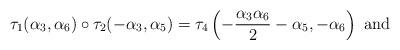
LaTeX: \begin{align*}\tau_1(\alpha_3,\alpha_6) \circ \tau_2(-\alpha_3,\alpha_5) = \tau_{4}\left(-\frac{\alpha_{3}\alpha_{6}}{2}-\alpha_{5},-\alpha_{6}\right) \ {\rm and }\end{align*}